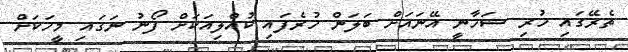
ތެރޭގައި ހުރި ޝަހާނީ އޭނައަށް ބަލަން ހުރެފައި ކުއްލިއަކަށް ފޯނު ނަގައި މީހަކަށް